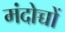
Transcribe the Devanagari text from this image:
मंदोच्चों